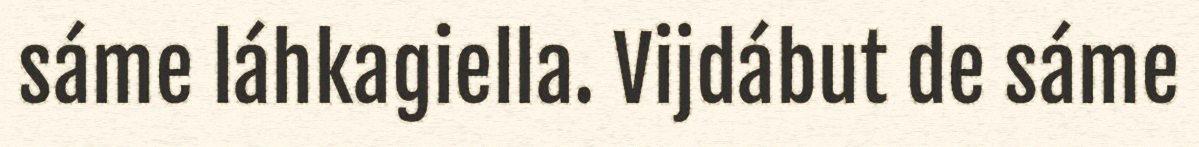
sáme láhkagiella. Vijdábut de sáme